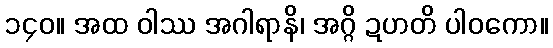
၁၄၀။ အထ ဝါဿ အဂါရာနိ၊ အဂ္ဂိ ဍဟတိ ပါဝကော။